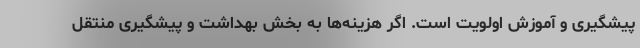
پیشگیری و آموزش اولویت است. اگر هزینه‌ها به بخش بهداشت و پیشگیری منتقل